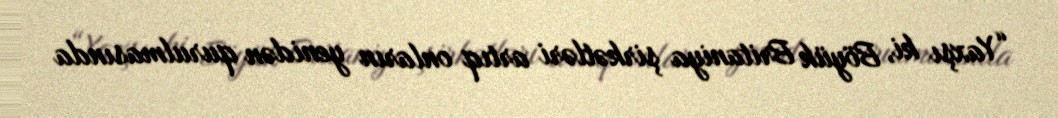
“Yaxşı ki, Böyük Britaniya şirkətləri artıq onların yenidən qurulmasında